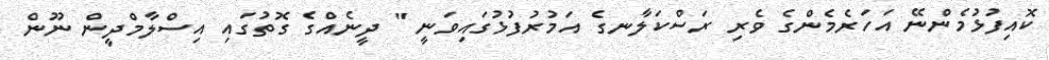
ކޮއިފުޅުމެންނޭ އަހަރެމެންގެ ވެރި ރަސްކަލާނގެ އަމުރުފުޅުގައިވަނީ " ދީނެއްގެ ގޮތުގައި އިސްލާމްދީން ނޫން